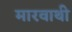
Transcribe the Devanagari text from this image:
मारवाथी